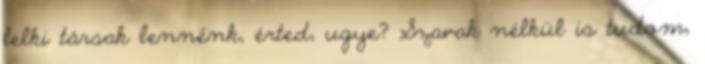
lelki társak lennénk, érted, ugye? Szavak nélkül is tudom,